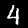
Label: 4